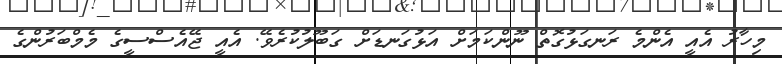
މިހާރު އެއީ އެންމެ ރަނގަޅުގޮތް ނޫންކަމަށް އަޅުގަނޑަށް ގަބޫލުކުރެވޭ. އެއީ ޖޭއެސްސީގެ މެމްބަރުންގެ